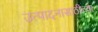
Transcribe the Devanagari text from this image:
उत्पादनासाठीच्या